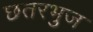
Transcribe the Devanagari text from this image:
छतरभुज